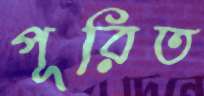
পূরিত